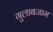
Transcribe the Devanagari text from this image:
गुलाबजाम